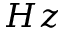
H z